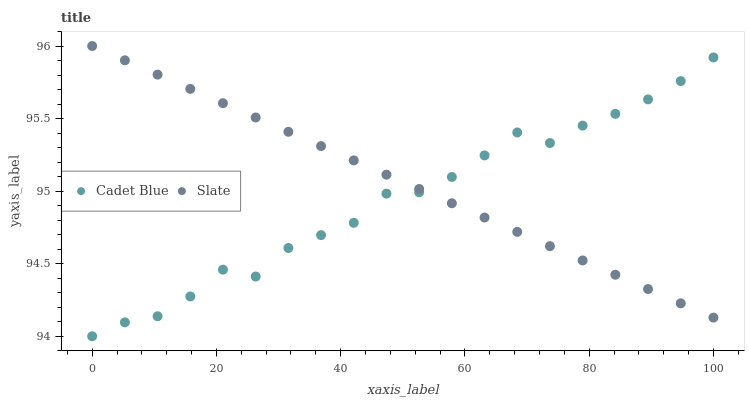
| xaxis_label | Cadet Blue | Slate |
 | --- | --- | --- |
 | 0 | 94 | 96 |
 | 5.26 | 94.1 | 95.9 |
 | 10.5 | 94.1 | 95.8 |
 | 15.8 | 94.3 | 95.7 |
 | 21.1 | 94.5 | 95.6 |
 | 26.3 | 94.4 | 95.5 |
 | 31.6 | 94.6 | 95.4 |
 | 36.8 | 94.7 | 95.3 |
 | 42.1 | 94.8 | 95.2 |
 | 47.4 | 95 | 95.1 |
 | 52.6 | 95 | 95 |
 | 57.9 | 95.1 | 94.9 |
 | 63.2 | 95.2 | 94.8 |
 | 68.4 | 95.4 | 94.7 |
 | 73.7 | 95.3 | 94.6 |
 | 78.9 | 95.5 | 94.5 |
 | 84.2 | 95.5 | 94.4 |
 | 89.5 | 95.6 | 94.3 |
 | 94.7 | 95.8 | 94.2 |
 | 100 | 95.9 | 94.1 |